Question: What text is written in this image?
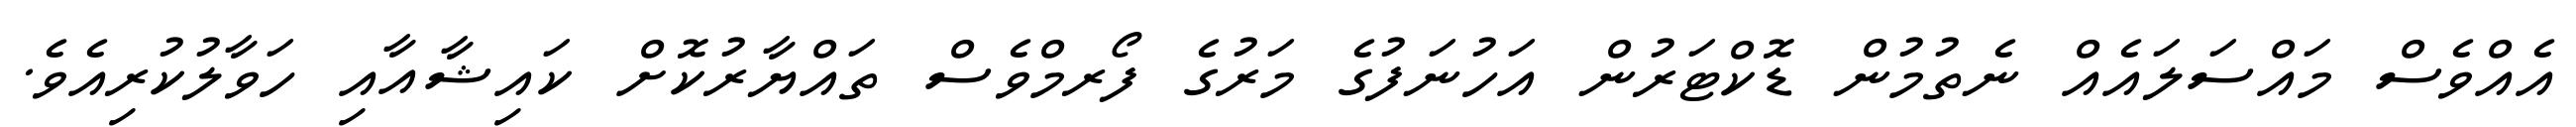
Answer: އެއްވެސް މައްސަލައެއް ނެތުމުން ޑޮކްޓަރުން އަހުނަފުގެ މަރުގެ ފޯރމްވެސް ތައްޔާރުކޮށް ކައިޝާއާއި ހަވާލުކުރިއެވެ.